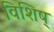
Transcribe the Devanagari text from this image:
विशिष्